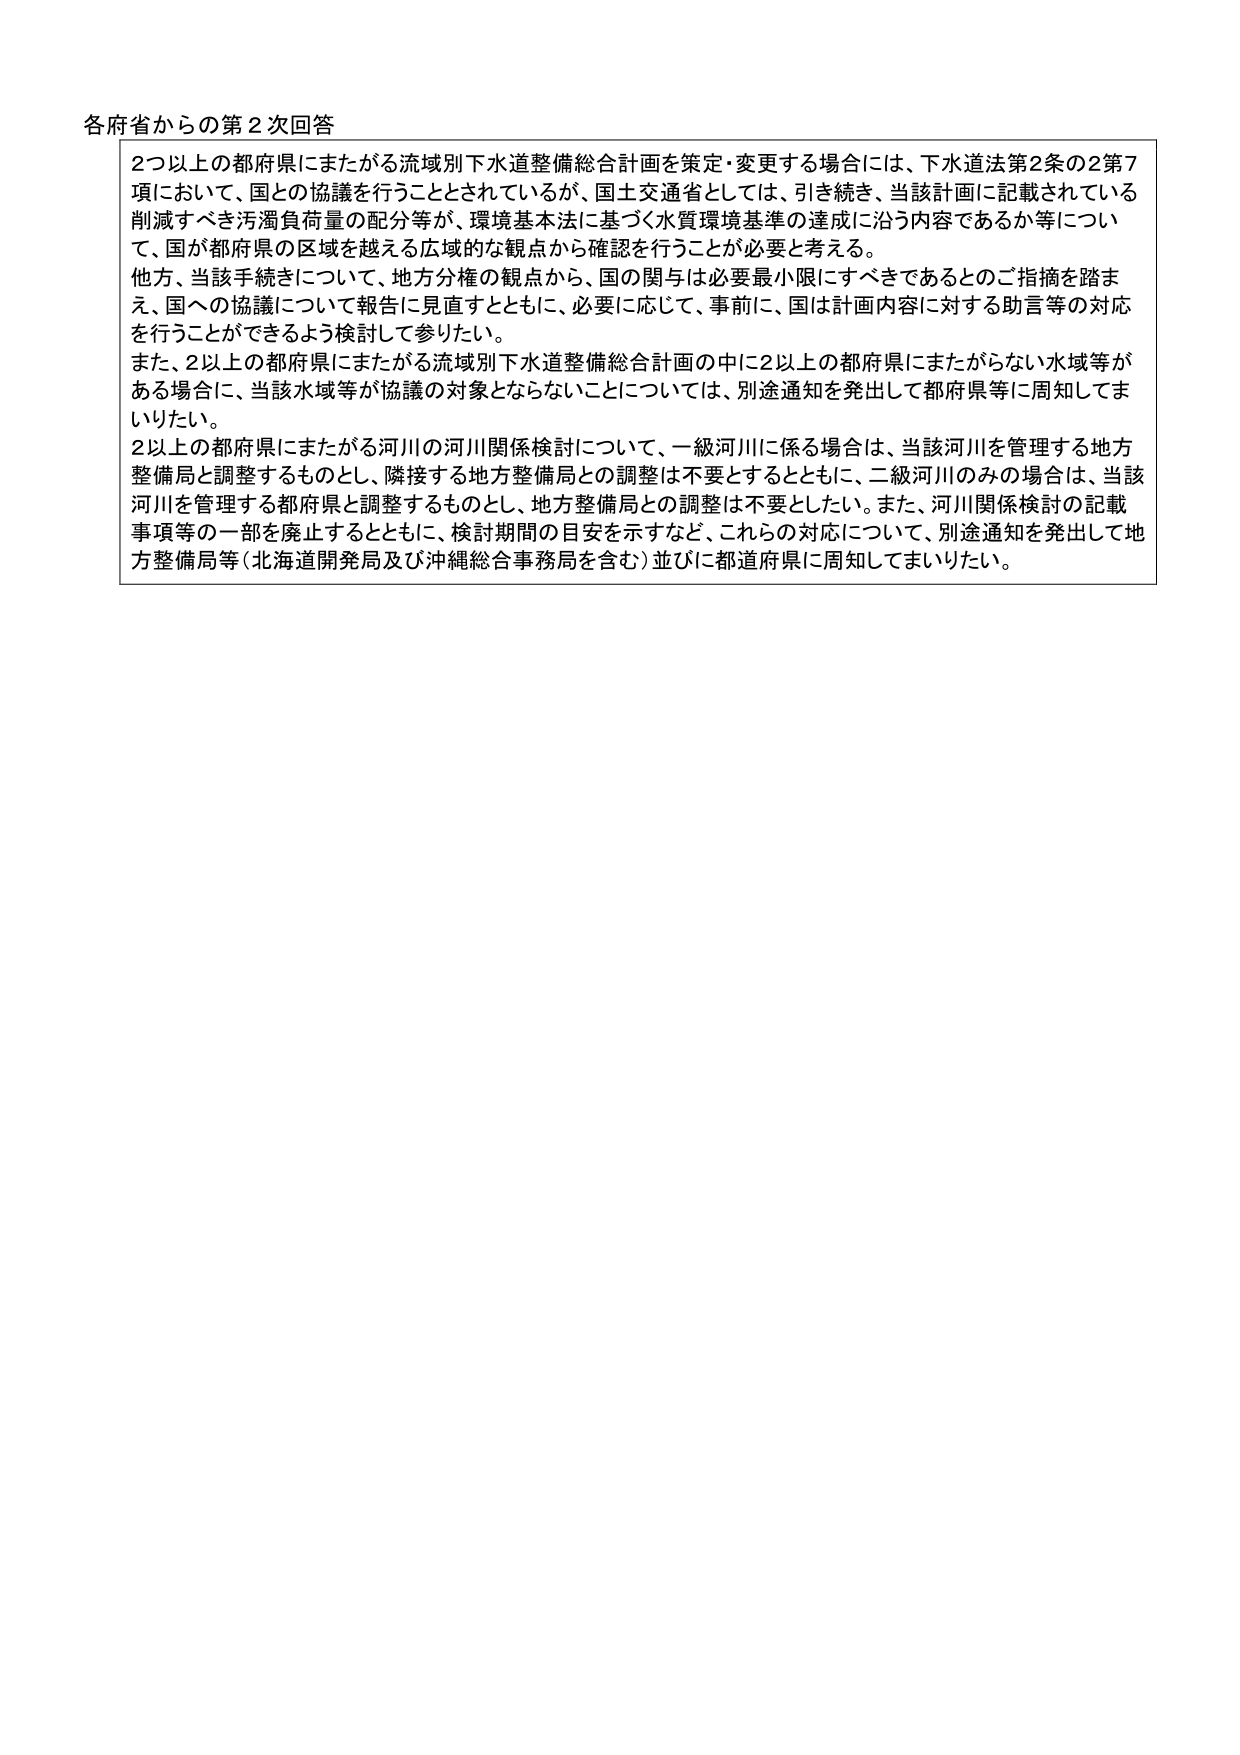
各府省からの第2次回答

2つ以上の都府県にまたがる流域別下水道整備総合計画を策定・変更する場合には、下水道法第2条の2第7項において、国との協議を行うこととされているが、国土交通省としては、引き続き、当該計画に記載されている削減すべき汚濁負荷量の配分等が、環境基本法に基づく水質環境基準の達成に沿う内容であるか等について、国が都府県の区域を越える広域的な観点から確認を行うことが必要と考える。

他方、当該手続きについて、地方分権の観点から、国の関与は必要最小限にすべきであるとのご指摘を踏まえ、国への協議について報告に見直すとともに、必要に応じて、事前に、国は計画内容に対する助言等の対応を行うことができるよう検討して参りたい。

また、2以上の都府県にまたがる流域別下水道整備総合計画の中に2以上の都府県にまたがらない水域等がある場合に、当該水域等が協議の対象とならないことについては、別途通知を発出して都府県等に周知してまいりたい。

2以上の都府県にまたがる河川の河川関係検討について、一級河川に係る場合は、当該河川を管理する地方整備局と調整するものとし、隣接する地方整備局との調整は不要とするとともに、二級河川のみの場合は、当該河川を管理する都府県と調整するものとし、地方整備局との調整は不要としたい。また、河川関係検討の記載事項等の一部を廃止するとともに、検討期間の目安を示すなど、これらの対応について、別途通知を発出して地方整備局等（北海道開発局及び沖縄総合事務局を含む）並びに都道府県に周知してまいりたい。